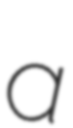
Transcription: a